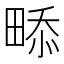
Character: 𤲖